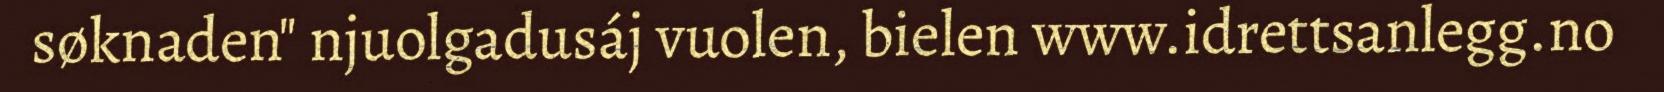
søknaden" njuolgadusáj vuolen, bielen www.idrettsanlegg.no